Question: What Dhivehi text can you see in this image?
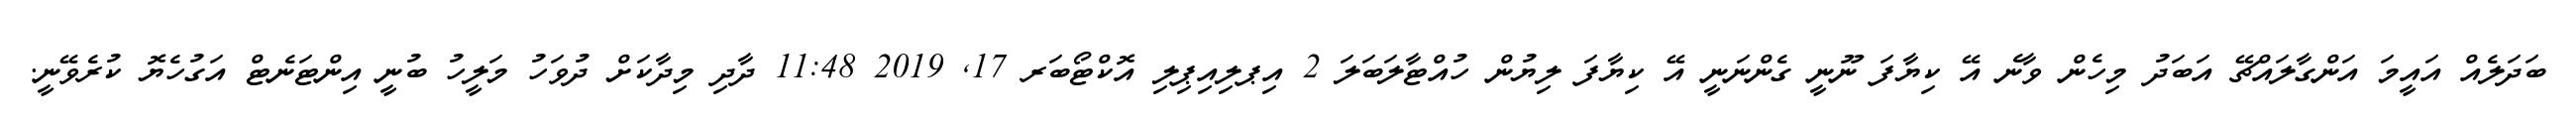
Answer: ބަދަލެއް އައީމަ އަންގާލައްޗޭ އަބަދު މިހެން ވާނެ އޭ ކިޔާފަ ނޫނީ ގެންނަނީ އޭ ކިޔާފަ ލިޔުން ހުއްޓާލަބަލަ 2 އިޕލިއިޕިލި އޮކްޓޯބަރ 17, 2019 11:48 ދާދި މިދާކަށް ދުވަހު މަލީހު ބުނީ އިންޓަނެޓް އަގުހެޔޮ ކުރެވޭނީ.